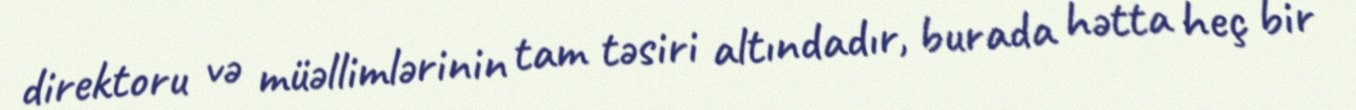
direktoru və müəllimlərinin tam təsiri altındadır, burada hətta heç bir